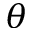
\theta